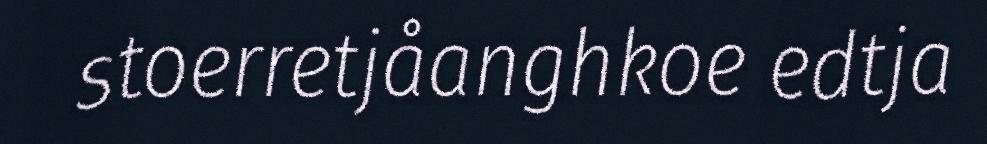
stoerretjåanghkoe edtja